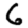
Digit: 6